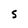
Character: S